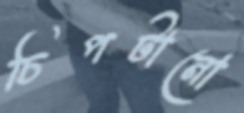
চিপটানো